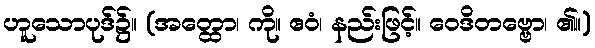
ဟူသောပုဒ်၌။ (အတ္ထော၊ ကို။ ဧဝံ၊ နည်းဖြင့်။ ဝေဒိတဗ္ဗော၊ ၏။)